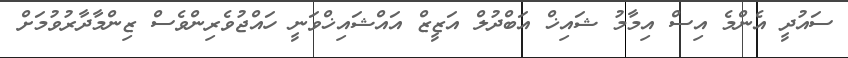
ސައުދީ އެންމެ އިސް އިމާމު ޝައިޚް އަބްދުލް އަޒީޒް އައްޝައިޚްވަނީ ހައްޖުވެރިންވެސް ޒިންމާދާރުވުމަށް